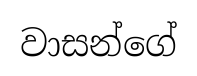
වාසන්ගේ